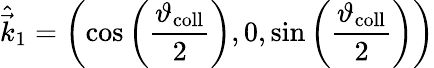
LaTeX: \hat{\vec{k}}_{1}=\left(\cos\left(\frac{\vartheta_{\mathrm{coll}}}{2}\right),0,\sin\left(\frac{\vartheta_{\mathrm{coll}}}{2}\right)\right)